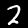
Label: 2